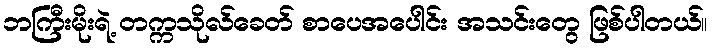
ဘကြီးမိုးရဲ့ တက္ကသိုလ်ခေတ် စာပေအပေါင်း အသင်းတွေ ဖြစ်ပါတယ်။